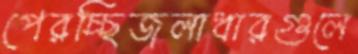
পেরচ্ছিজলাধারগুলে